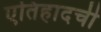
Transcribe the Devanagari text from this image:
एतिहादची